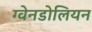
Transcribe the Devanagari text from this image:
ग्वेनडोलियन